Lunatic asylums Punjab 1911-1921 - 1911-1921
Year: 1911
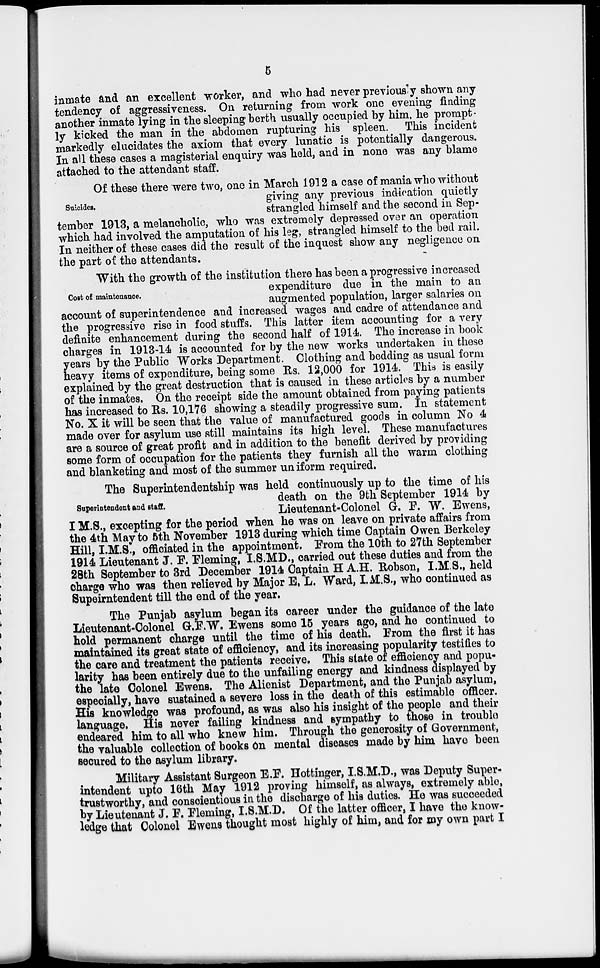
5
inmate and an excellent worker, and who had never previously shown any
tendency of aggressiveness. On returning from work one evening finding
another inmate lying in the sleeping berth usually occupied by him, he prompt-
ly kicked the man in the abdomen rupturing his spleen. This incident
markedly elucidates the axiom that every lunatic is potentially dangerous.
In all these cases a magisterial enquiry was held, and in none was any blame
attached to the attendant staff.
Suicides.
Of these there were two, one in March 1912 a case of mania who without
giving any previous indication quietly
strangled himself and the second in Sep-
tember 1913, a melancholic, who was extremely depressed over an operation
which had involved the amputation of his leg, strangled himself to the bed rail.
In neither of these cases did the result of the inquest show any negligence on
the part of the attendants.
Cost of maintenance.
With the growth of the institution there has been a progressive increased
expenditure due in the main to an
augmented population, larger salaries on
account of superintendence and increased wages and cadre of attendance and
the progressive rise in food stuffs. This latter item accounting for a very
definite enhancement during the second half of 1914. The increase in book
charges in 1913-14 is accounted for by the new works undertaken in these
years by the Public Works Department. Clothing and bedding as usual form
heavy items of expenditure, being some Rs. 12,000 for 1914. This is easily
explained by the great destruction that is caused in these articles by a number
of the inmates. On the receipt side the amount obtained from paying patients
has increased to Rs. 10,176 showing a steadily progressive sum. In statement
No. X it will be seen that the value of manufactured goods in column No 4
made over for asylum use still maintains its high level. These manufactures
are a source of great profit and in addition to the benefit derived by providing
some form of occupation for the patients they furnish all the warm clothing
and blanketing and most of the summer uniform required.
Superintendent and staff.
The Superintendentship was held continuously up to the time of his
death on the 9th September 1914 by
Lieutenant-Colonel G. F. W. Ewens,
I M.S., excepting for the period when he was on leave on private affairs from
the 4th May to 5th November 1913 during which time Captain Owen Berkeley
Hill, I.M.S., officiated in the appointment. From the 10th to 27th September
1914 Lieutenant J. F. Fleming, I.S.MD., carried out these duties and from the
28th September to 3rd December 1914 Captain H.A.H. Robson, I.M.S., held
charge who was then relieved by Major E. L. Ward, I.M.S., who continued as
Supeirntendent till the end of the year.
The Punjab asylum began its career under the guidance of the late
Lieutenant-Colonel G.F.W. Ewens some 15 years ago, and he continued to
hold permanent charge until the time of his death.. From the first it has
maintained its great state of efficiency, and its increasing popularity testifies to
the care and treatment the patients receive. This state of efficiency and popu-
larity has been entirely due to the unfailing energy and kindness displayed by
the late Colonel Ewens. The Alienist Department, and the Punjab asylum,
especially, have sustained a severe loss in the death of this estimable officer.
His knowledge was profound, as was also his insight of the people and their
language. His never failing kindness and sympathy to those in trouble
endeared him to all who knew him. Through the generosity of Government,
the valuable collection of books on mental diseases made by him have been
secured to the asylum library.
Military Assistant Surgeon E.F. Hottinger, I.S.M.D., was Deputy Super-
intendent upto 16th May 1912 proving himself, as always, extremely able,
trustworthy, and conscientious in the discharge of his duties. He was succeeded
by Lieutenant J. F. Fleming, I.S.M.D. Of the latter officer, I have the know-
ledge that Colonel Ewens thought most highly of him, and for my own part I